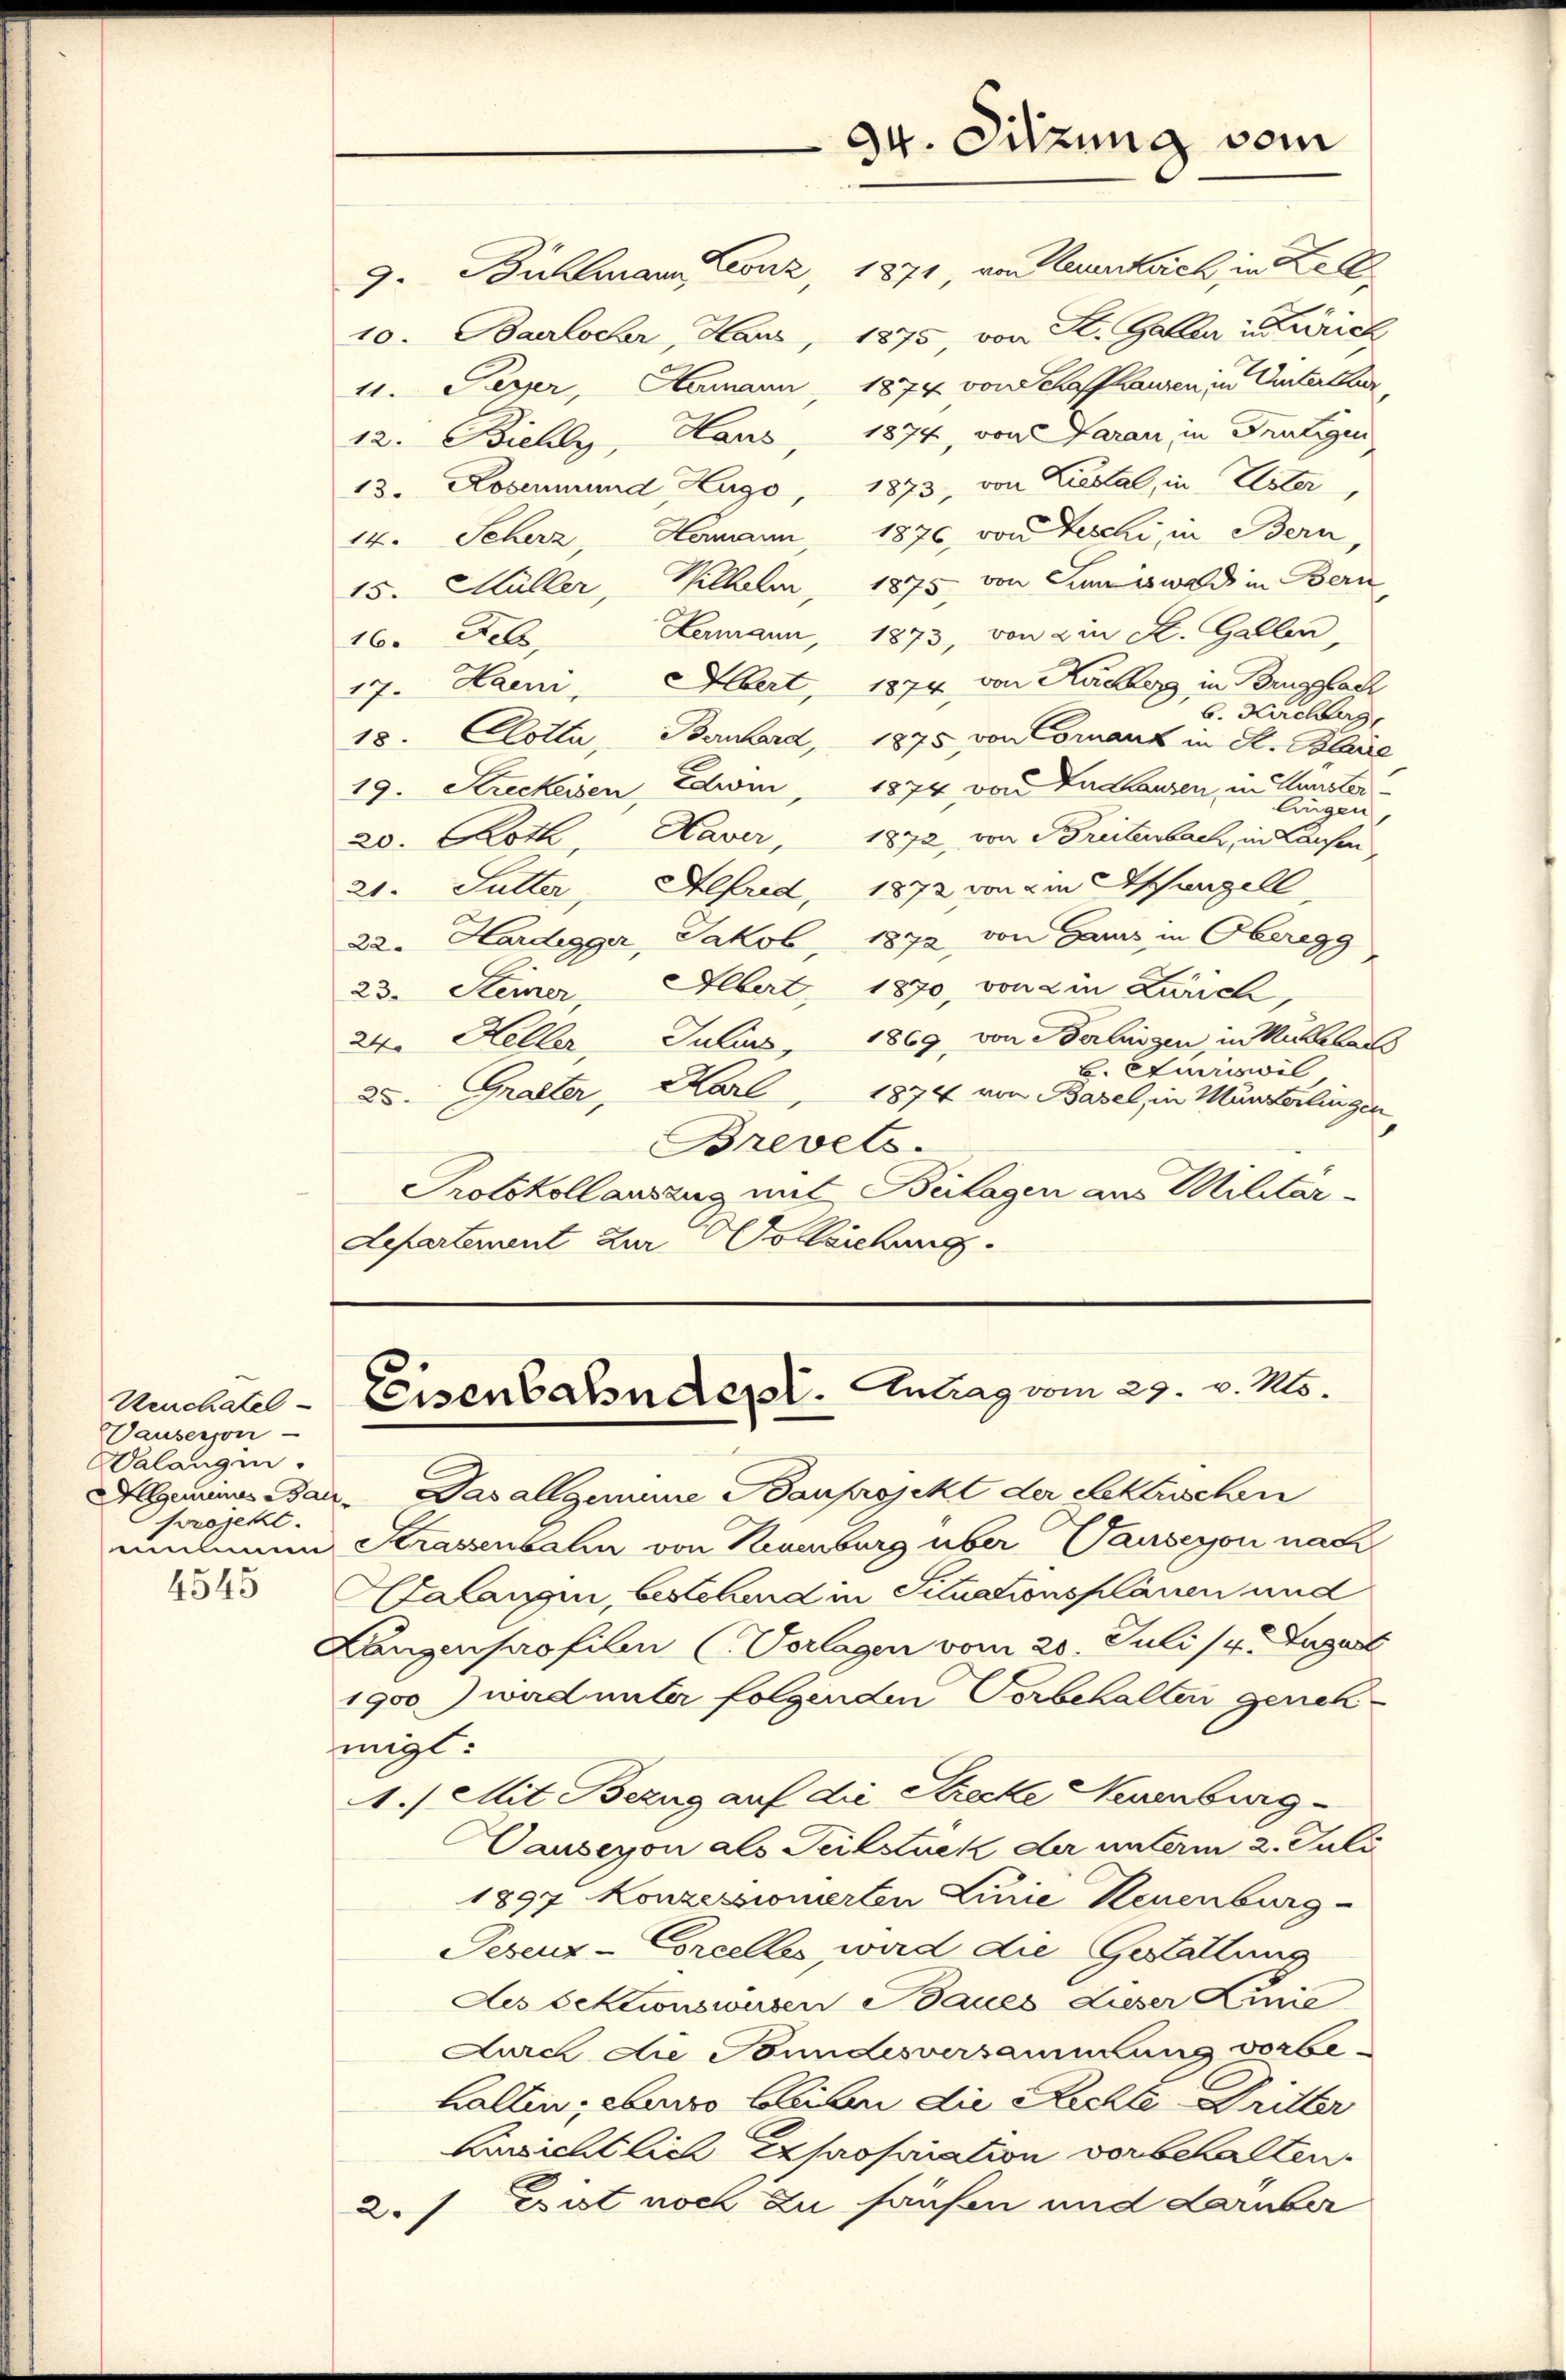
Uechatel-
Pauserson
Walangin.
projekt.
4545

94. Sitzung vom

9. Bühlmann Leonz, 1871, von Zurzach, in Zell¬
1875, von St. Galler in Zürich
10. Baerlocher, Haus,
1874 von Schaffhausen in Winterthur
4. Peyer, Hermann,
12. Biehly, Haus, 1874, von Garan, in Frutigen
13. Rosenmund Zugo, 1873, von Liestal, in Uster
14. Seherz, Hermann, 1876 von Beschi, in Bern,
15. Müller, Wilhelm, 1875, von Juriswald in Bern,
Hermann, 1873, von ein K. Gallen,
16. Febr.
17. Haini, Albert, 1874, von Kuchegg in Brugglach
b. Hochg
18. Clotta, Bernhard, 1875 von Cornanz in St. Blaue
19. Streckeren, Edwin, 1874 von Zuhausen, in Gunsterlingen
20. Koth, Haver, 1872, von Breitenbach, in Laufen
21. Sutter, Alfred, 1872 von ein Aschanzell
22. Hardegger, Jakob, 1872, von Gaus in Oberegg
23. Seiner, Albert 1870, von ein Zürich,
1869, von Berlingen, in Rükelar
24. Heller, Julius,
B. Euriswil
25. Gralter, Karl, 1874 von Basel, in Münzerlingen
Brevets.
Protokollausung mit Beilagen aus Militar¬
Separtement zur Vollziehung

Eeisenbahndept. Antrag vom 29. v. Ms.

Allgemeins Bar. Das allgemeine Bauprojekt der Seckerischen
mnen Krassenbahn von Neuenburg über Pauseyon nach
Calangen, bestehend in Situationsplänen und
Langenprofilen (Vorlagen vom 20. Juli (4. August
1900 ward unter folgenden Vorbehalten genehmigt:
A.) Mit Bezug auf die Strecke Neuenburg-
Vauseyon als Teilstuck der unterm 2. Juli
1897 Konzessionierten Linie Neuenburg
Pesenz-Corcelles, wird die Gestattung
Aes Sektionswürden Baues Lieser Linie
Aurch die Foundesversammlung vorbehalten; ebenso bleiben die Richte Dritter
Bersichtlich Expropriation vorbehalten.
2.) Bist noch zu haufen und darüber